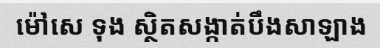
ម៉ៅសេ ទុង ស្ថិតសង្កាត់បឹងសាឡាង